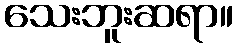
သေးဘူးဆရာ။